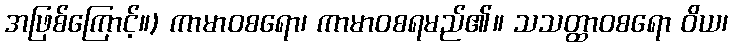
အဖြစ်ကြောင့်။) ကာမာဝစရော၊ ကာမာဝစရမည်၏။ သသတ္ထာဝစရော ဝိယ၊